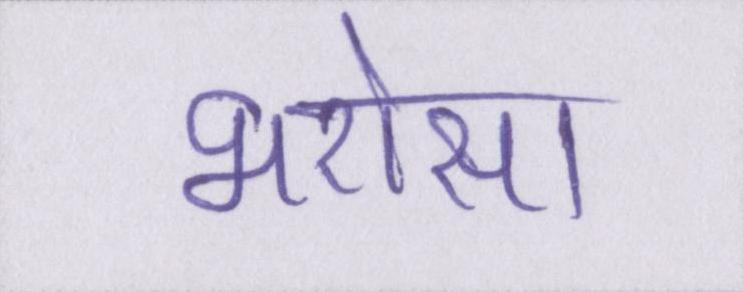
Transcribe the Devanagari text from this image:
भरोसा